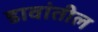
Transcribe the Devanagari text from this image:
डावांतील